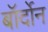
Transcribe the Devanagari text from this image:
बॉर्दोन